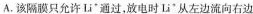
A. 该隔膜只允Li^{+}通过，放电时Li*从左边流向右边